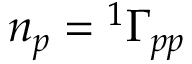
n _ { p } = { ^ { 1 } \Gamma } _ { p p }